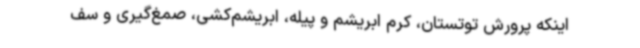
اینکه پرورش توتستان، کرم ابریشم و پیله، ابریشم‌کشی، صمغ‌گیری و سف